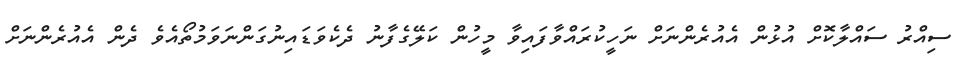
ސިއްރު ސައްލާކޮށް އުޅުން އެއުރެންނަށް ނަހީކުރައްވާފައިވާ މީހުން ކަލޭގެފާނު ދެކެވަޑައިނުގަންނަވަމުތޯއެވެ ދެން އެއުރެންނަށް